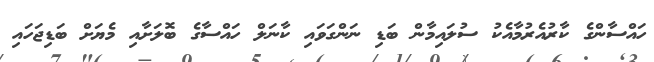
ހައްސާންގެ ކާރުއެރުމާއެކު ސުލައިމާން ބަޑި ނަންގަވައި ކާނަލް ހައްސާގެ ބޮލަށާއި މެޔަށް ބަޑިޖަހައި